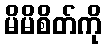
မိမိစိတ်ကို